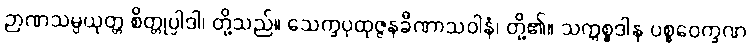
ဉာဏသမ္ပယုတ္တ စိတ္တုပ္ပါဒါ၊ တို့သည်။ သေက္ခပုထုဇ္ဇနခီဏာသဝါနံ၊ တို့၏။ သက္ကစ္စဒါန ပစ္စဝေက္ခဏ